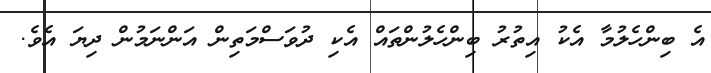
އެ ބިންހެލުމާ އެކު އިތުރު ބިންހެލުންތައް އެކި ދުވަސްމަތިން އަންނަމުން ދިޔަ އެވެ.